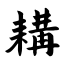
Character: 耩